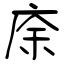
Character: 庩